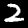
Label: 2